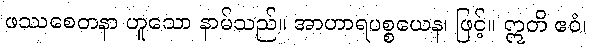
ဖဿစေတနာ ဟူသော နာမ်သည်။ အာဟာရပစ္စယေန၊ ဖြင့်။ ဣတိ ဧဝံ၊